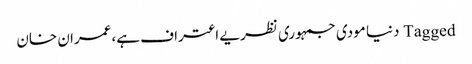
Tagged دنیا مودی جمہوری نظریے اعتراف ہے،عمران خان